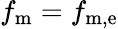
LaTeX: f_{\mathrm{m}}=f_{\mathrm{m,e}}